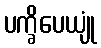
ပက္ခိပေယျုံ